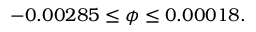
- 0 . 0 0 2 8 5 \leq \phi \leq 0 . 0 0 0 1 8 .